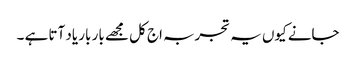
جانے کیوں یہ تجربہ اج کل مجھے بار بار یاد آتا ہے ۔